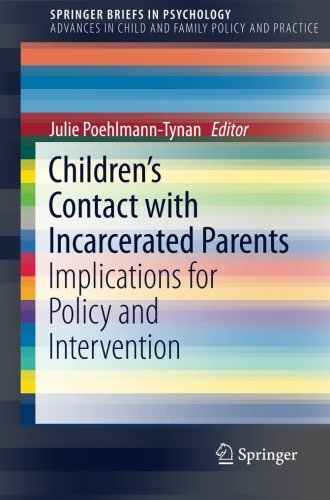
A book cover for Children's Contact with Incarcerated Parents: Implications for Policy and Intervention (SpringerBriefs in Psychology); Health, Fitness & Dieting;